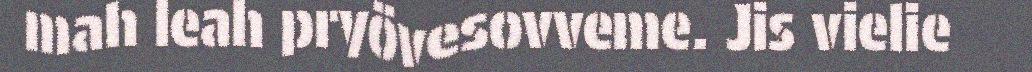
mah leah pryövesovveme. Jis vielie